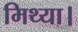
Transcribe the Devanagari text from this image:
मिथ्या।